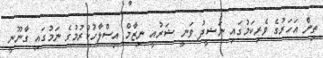
ތިން އަހަރުގެ ވެރިކަމުގައި ނަޝީދު ވަނީ ޝަރުއީ ނިޒާމް އިސްލާހުކުރުމުގެ ނަމުގައި ގާނޫނީ